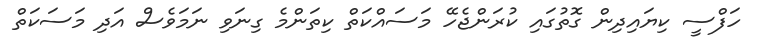
ހަފްސީ ކިޔައިދިން ގޮތުގައި ކުރަންޖެހޭ މަސައްކަތް ކިތަންމެ ގިނަވި ނަމަވެސް އަދި މަސަކަތް